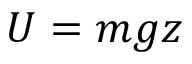
U = m g z